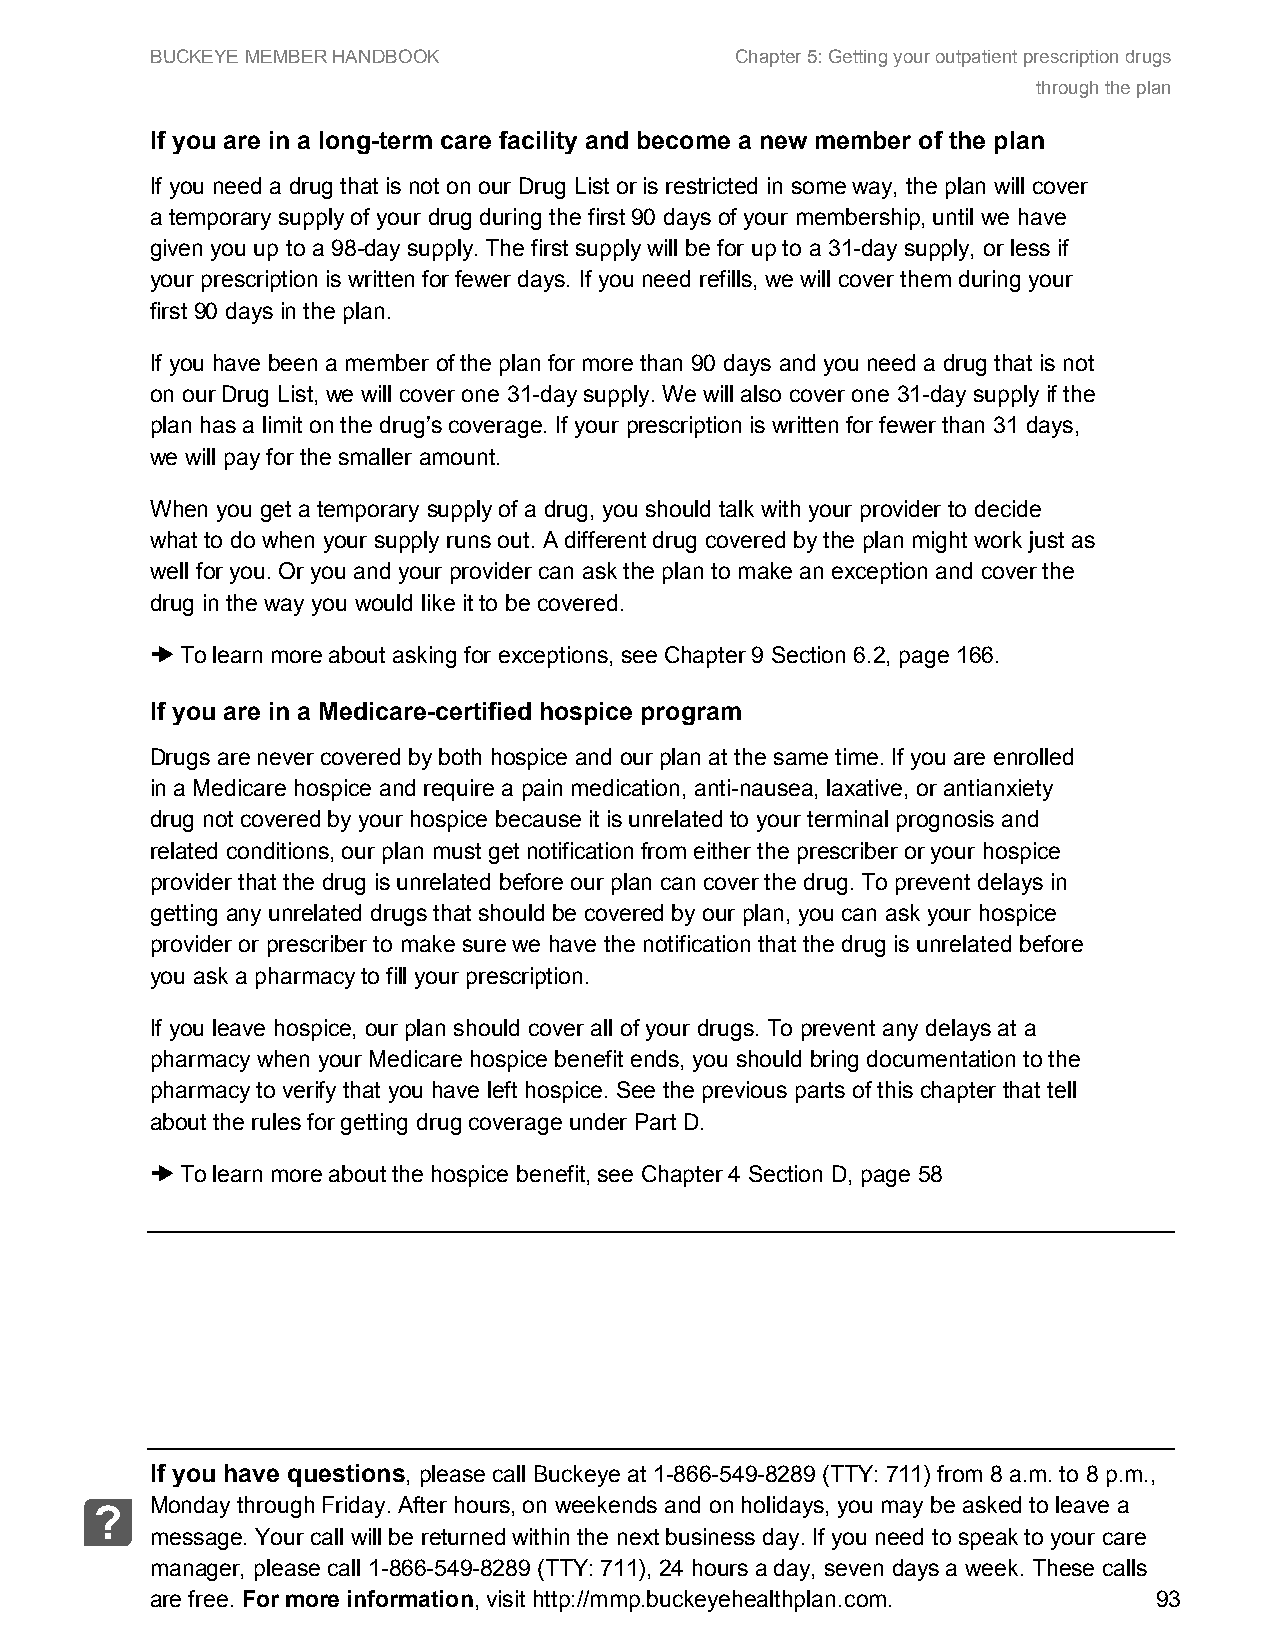
BUCKEYE MEMBER HANDBOOK                Chapter 5: Getting your outpatient prescription drugs
 through the plan
 If you are in a long-term care facility and become a new member of the plan
 If you need a drug that is not on our Drug List or is restricted in some way, the plan will cover
 a temporary supply of your drug during the first 90 days of your membership, until we have
 given you up to a 98-day supply. The first supply will be for up to a 31-day supply, or less if
 your prescription is written for fewer days. If you need refills, we will cover them during your
 first 90 days in the plan.
 If you have been a member of the plan for more than 90 days and you need a drug that is not
 on our Drug List, we will cover one 31-day supply. We will also cover one 31-day supply if the
 plan has a limit on the drug’s coverage. If your prescription is written for fewer than 31 days,
 we will pay for the smaller amount.
 When you get a temporary supply of a drug, you should talk with your provider to decide
 what to do when your supply runs out. A different drug covered by the plan might work just as
 well for you. Or you and your provider can ask the plan to make an exception and cover the
 drug in the way you would like it to be covered.
 ➜ To learn more about asking for exceptions, see Chapter 9 Section 6.2, page 166.
 If you are in a Medicare-certified hospice program
 Drugs are never covered by both hospice and our plan at the same time. If you are enrolled
 in a Medicare hospice and require a pain medication, anti-nausea, laxative, or antianxiety
 drug not covered by your hospice because it is unrelated to your terminal prognosis and
 related conditions, our plan must get notification from either the prescriber or your hospice
 provider that the drug is unrelated before our plan can cover the drug. To prevent delays in
 getting any unrelated drugs that should be covered by our plan, you can ask your hospice
 provider or prescriber to make sure we have the notification that the drug is unrelated before
 you ask a pharmacy to fill your prescription.
 If you leave hospice, our plan should cover all of your drugs. To prevent any delays at a
 pharmacy when your Medicare hospice benefit ends, you should bring documentation to the
 pharmacy to verify that you have left hospice. See the previous parts of this chapter that tell
 about the rules for getting drug coverage under Part D.
 ➜ To learn more about the hospice benefit, see Chapter 4 Section D, page 58
 If you have questions, please call Buckeye at 1-866-549-8289 (TTY: 711) from 8 a.m. to 8 p.m.,
 Monday through Friday. After hours, on weekends and on holidays, you may be asked to leave a
 ?
 message. Your call will be returned within the next business day. If you need to speak to your care
 manager, please call 1-866-549-8289 (TTY: 711), 24 hours a day, seven days a week. These calls
 are free. For more information, visit http://mmp.buckeyehealthplan.com. 93